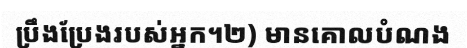
ប្រឹងប្រែងរបស់អ្នក។២) មានគោលបំណង